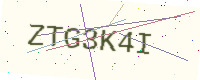
Text: ZTG3K4I